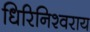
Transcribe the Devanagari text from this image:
धिरिनिश्वराय